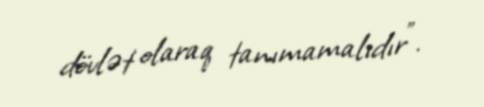
dövlət olaraq tanımamalıdır”.